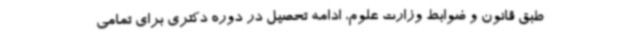
طبق قانون و ضوابط وزارت علوم، ادامه تحصیل در دوره دکتری برای تمامی